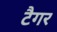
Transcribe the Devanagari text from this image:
टैगर